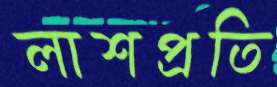
লাশপ্রতি